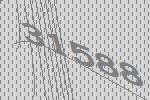
31588